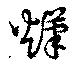
熯